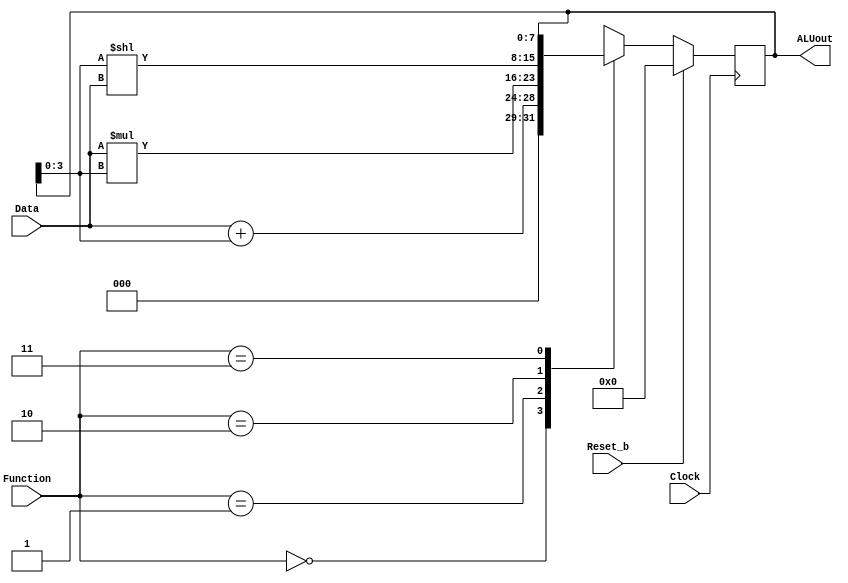
module part2(Clock, Reset_b, Data, Function, ALUout);
    input Clock, Reset_b;
    input [3:0] Data; //A
    input [1:0] Function;

    reg[7:0] pre_reg;
    output reg[7:0] ALUout; // B is ALUout [3:0], LSB

   always @(*)
   begin
    case(Function)
        2'b00: pre_reg = Data + ALUout[3:0]; //A +  LSB of ALUout (B)
        2'b01: pre_reg = Data * ALUout[3:0]; //A + LSB of ALUout (B)
        2'b10: pre_reg = ALUout[3:0] << Data; //left shifts the 4 LSB by 'A' bits
        2'b11: pre_reg = ALUout;
      default: pre_reg = 0;
    endcase
   end

    always @(posedge Clock)  // listens for rising edge on the clock
    //on every rising edge of the CLK, the value in pre reg is transferred into ALUout 
    //captures and stores the data preset at its input (pre_reg) in this case, on the rising edge of the CLK
    begin
        if (Reset_b) //active high reset
            ALUout <= 0;
        else //if reset is not high, ALUout is just the pre register value 
            //value from previous always block is given to ALUout if we don't reset
            ALUout <= pre_reg;
    end

endmodule